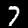
Label: 7